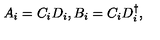
A _ { i } = C _ { i } D _ { i } , B _ { i } = C _ { i } D _ { i } ^ { \dagger } ,